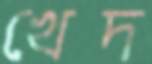
খেদ